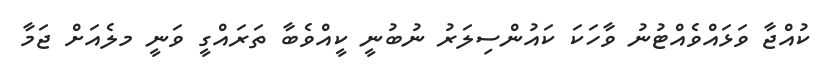
ކުއްޖާ ވަޅައްވެއްޓުނު ވާހަކަ ކައުންސިލަރު ނުބުނީ ކީއްވެބާ ތަރައްގީ ވަނީ މލެއަށް ޖަމާ